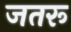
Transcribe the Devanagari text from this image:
जतरू